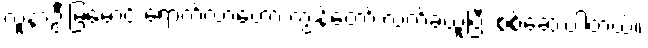
လူနာဦးမြမောင် ရောက်လာတော့ ကျွန်တော် လက်ခံယူပြီး စစ်ဆေးပါတယ်။